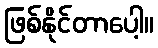
ဖြစ်နိုင်တာပေါ့။